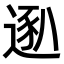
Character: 𫐴